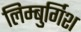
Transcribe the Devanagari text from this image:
लिम्बुर्गिश